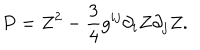
P = Z ^ { 2 } - { \frac { 3 } { 4 } } g ^ { i j } \partial _ { i } Z \partial _ { j } Z .